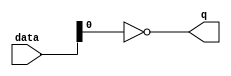
module  acl_fp_sub_altpriority_encoder_n28
	( 
	data,
	q) ;
	input   [1:0]  data;
	output   [0:0]  q;
	assign
		q = {(~ data[0])};
endmodule